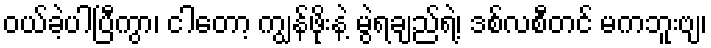
ဝယ်ခဲ့ပါပြီကွာ၊ ငါတော့ ကျွန်ဖိုးနဲ့ မွဲရချည်ရဲ့၊ ဒစ်လစီတင် မကဘူးဗျ၊